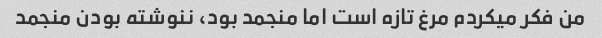
من فکر میکردم مرغ تازه است اما منجمد بود، ننوشته بودن منجمد